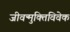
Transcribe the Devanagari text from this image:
जीवन्मुक्तिविवेक